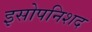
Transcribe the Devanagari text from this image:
इसोपनिशद